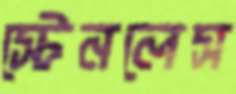
স্টেনলেস